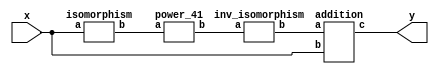
`timescale 1ns/100ps
module SMSS32_2_41_nn_13_6(x,y);
	 input [5:0] x;
	 output [5:0] y;
	 wire [5:0] z;
	 wire [5:0] w;
	 wire [5:0] p;
	 isomorphism C1 (x,z);
	 power_41 C2 (z,w);
	 inv_isomorphism C3 (w,p);
	 addition C4 (p,x,y);
endmodule

module add_base(a,b,c);
	 input [2:0] a;
	 input [2:0] b;
	 output [2:0] c;
	 assign c[0]=a[0]^b[0];
	 assign c[1]=a[1]^b[1];
	 assign c[2]=a[2]^b[2];
endmodule

module multiplication_base(a,b,c);
	 input [2:0] a;
	 input [2:0] b;
	 output [2:0] c;
	 assign c[0]=(a[2]&b[2])^(a[0]&b[1])^(a[1]&b[0])^(a[1]&b[2])^(a[2]&b[1]);
	 assign c[1]=(a[0]&b[0])^(a[0]&b[2])^(a[2]&b[0])^(a[1]&b[2])^(a[2]&b[1]);
	 assign c[2]=(a[1]&b[1])^(a[0]&b[1])^(a[1]&b[0])^(a[0]&b[2])^(a[2]&b[0]);
endmodule

module square_base(a,b);
	 input [2:0] a;
	 output[2:0] b;
	 assign b[0]=a[2];
	 assign b[1]=a[0];
	 assign b[2]=a[1];
endmodule

module four_base(a,b);
	 input [2:0] a;
	 output[2:0] b;
	 assign b[0]=a[1];
	 assign b[1]=a[2];
	 assign b[2]=a[0];
endmodule

module power_41(a,b);
	 input [5:0] a;
	 output [5:0] b;
	 wire [2:0] x_0;
	 wire [2:0] x_1;
	 wire [2:0] x_2;
	 wire [2:0] x_3;
	 wire [2:0] x_4;
	 wire [2:0] x_5;
	 wire [2:0] x_6;
	 wire [2:0] x_7;
	 wire [2:0] y_0;
	 wire [2:0] y_1;
	 assign x_0[0]=a[0];
	 assign x_0[1]=a[1];
	 assign x_0[2]=a[2];
	 assign x_1[0]=a[3];
	 assign x_1[1]=a[4];
	 assign x_1[2]=a[5];
	 four_base  A1 (x_0,x_2);
	 four_base A2 (x_1,x_3);
	 add_base A3 (x_0,x_1,x_4);
	 square_base  A4 (x_4,x_5);
	 multiplication_base A5 (x_0,x_1,x_6);
	 add_base A6 (x_5,x_6,x_7);
	 multiplication_base A7 (x_2,x_7,y_0);
	 multiplication_base A8 (x_3,x_7,y_1);
	 assign b[0]=y_1[0];
	 assign b[1]=y_1[1];
	 assign b[2]=y_1[2];
	 assign b[3]=y_0[0];
	 assign b[4]=y_0[1];
	 assign b[5]=y_0[2];
endmodule

module inv_isomorphism(a,b);
	 input [5:0] a;
	 output [5:0] b;
	 assign b[0]=a[4];
	 assign b[1]=a[0]^a[3]^a[5];
	 assign b[2]=a[0]^a[1]^a[3]^a[5];
	 assign b[3]=a[1]^a[3]^a[4]^a[5];
	 assign b[4]=a[3]^a[5];
	 assign b[5]=a[1]^a[2];
endmodule

module isomorphism(a,b);
	 input [5:0] a;
	 output [5:0] b;
	 assign b[0]=a[0]^a[2]^a[4]^a[5];
	 assign b[1]=a[0]^a[1]^a[2]^a[5];
	 assign b[2]=a[0]^a[5];
	 assign b[3]=a[0]^a[1];
	 assign b[4]=a[0]^a[3];
	 assign b[5]=a[0]^a[4]^a[5];
endmodule

module addition(a,b,c);
	 input [5:0] a;
	 input [5:0] b;
	 wire t;
	 output [5:0] c;
	 assign t=b[2]^b[4];
	 assign c[0]=a[0]^t;
	 assign c[1]=a[1]^t;
	 assign c[2]=a[2]^t;
	 assign c[3]=a[3]^t;
	 assign c[4]=a[4]^t;
	 assign c[5]=a[5]^t;
endmodule